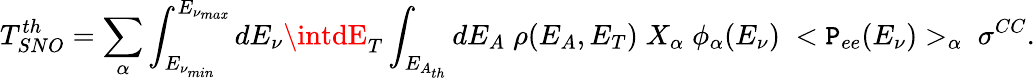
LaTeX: T_{SNO}^{th}=\sum_{\alpha}\int_{E_{\nu_{min}}}^{E_{\nu_{ma\mathit{x}}}}dE_{\nu}\intdE_{T}\int_{E_{A_{th}}}dE_{A}\; \rho(E_{A},E_{T})\; X_{\alpha}\; \phi_{\alpha}(E_{\nu})\; <\mathtt{P}_{ee}(E_{\nu})>_{\alpha}\; \sigma^{CC}.